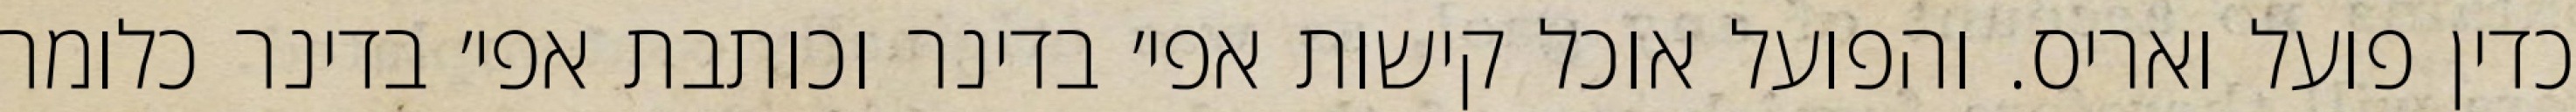
כדין פועל ואריס. והפועל אוכל קישות אפי׳ בדינר וכותבת אפי׳ בדינר כלומר